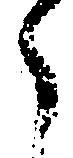
々